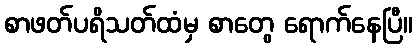
စာဖတ်ပရိသတ်ထံမှ စာတွေ ရောက်နေပြီ။